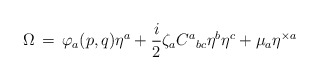
\begin{align*}\Omega\,=\,\varphi_a(p,q)\eta^a+\frac{i}{2}\zeta_aC^a{}_{bc}\eta^b\eta^c+\mu_a\eta^{\times a}\end{align*}